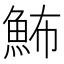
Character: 𩶉